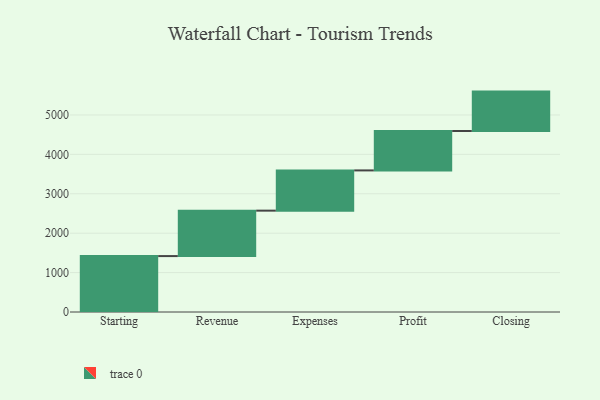
{"axis": {"x": "Step", "y": "Value"}, "legend": [""], "data": [{"x": "Starting", "y": 1419.0, "type": ""}, {"x": "Revenue", "y": 1153.0, "type": ""}, {"x": "Expenses", "y": 1021.0, "type": ""}, {"x": "Profit", "y": 1000, "type": ""}, {"x": "Closing", "y": 1000, "type": ""}]}